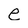
Character: e